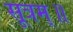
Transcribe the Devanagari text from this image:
सूत्रम्॥